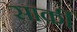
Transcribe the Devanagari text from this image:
सार्की